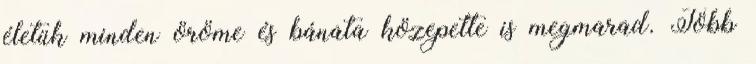
életük minden öröme és bánata közepette is megmarad. Több